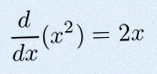
\frac{d}{dx}(x^2)=2x